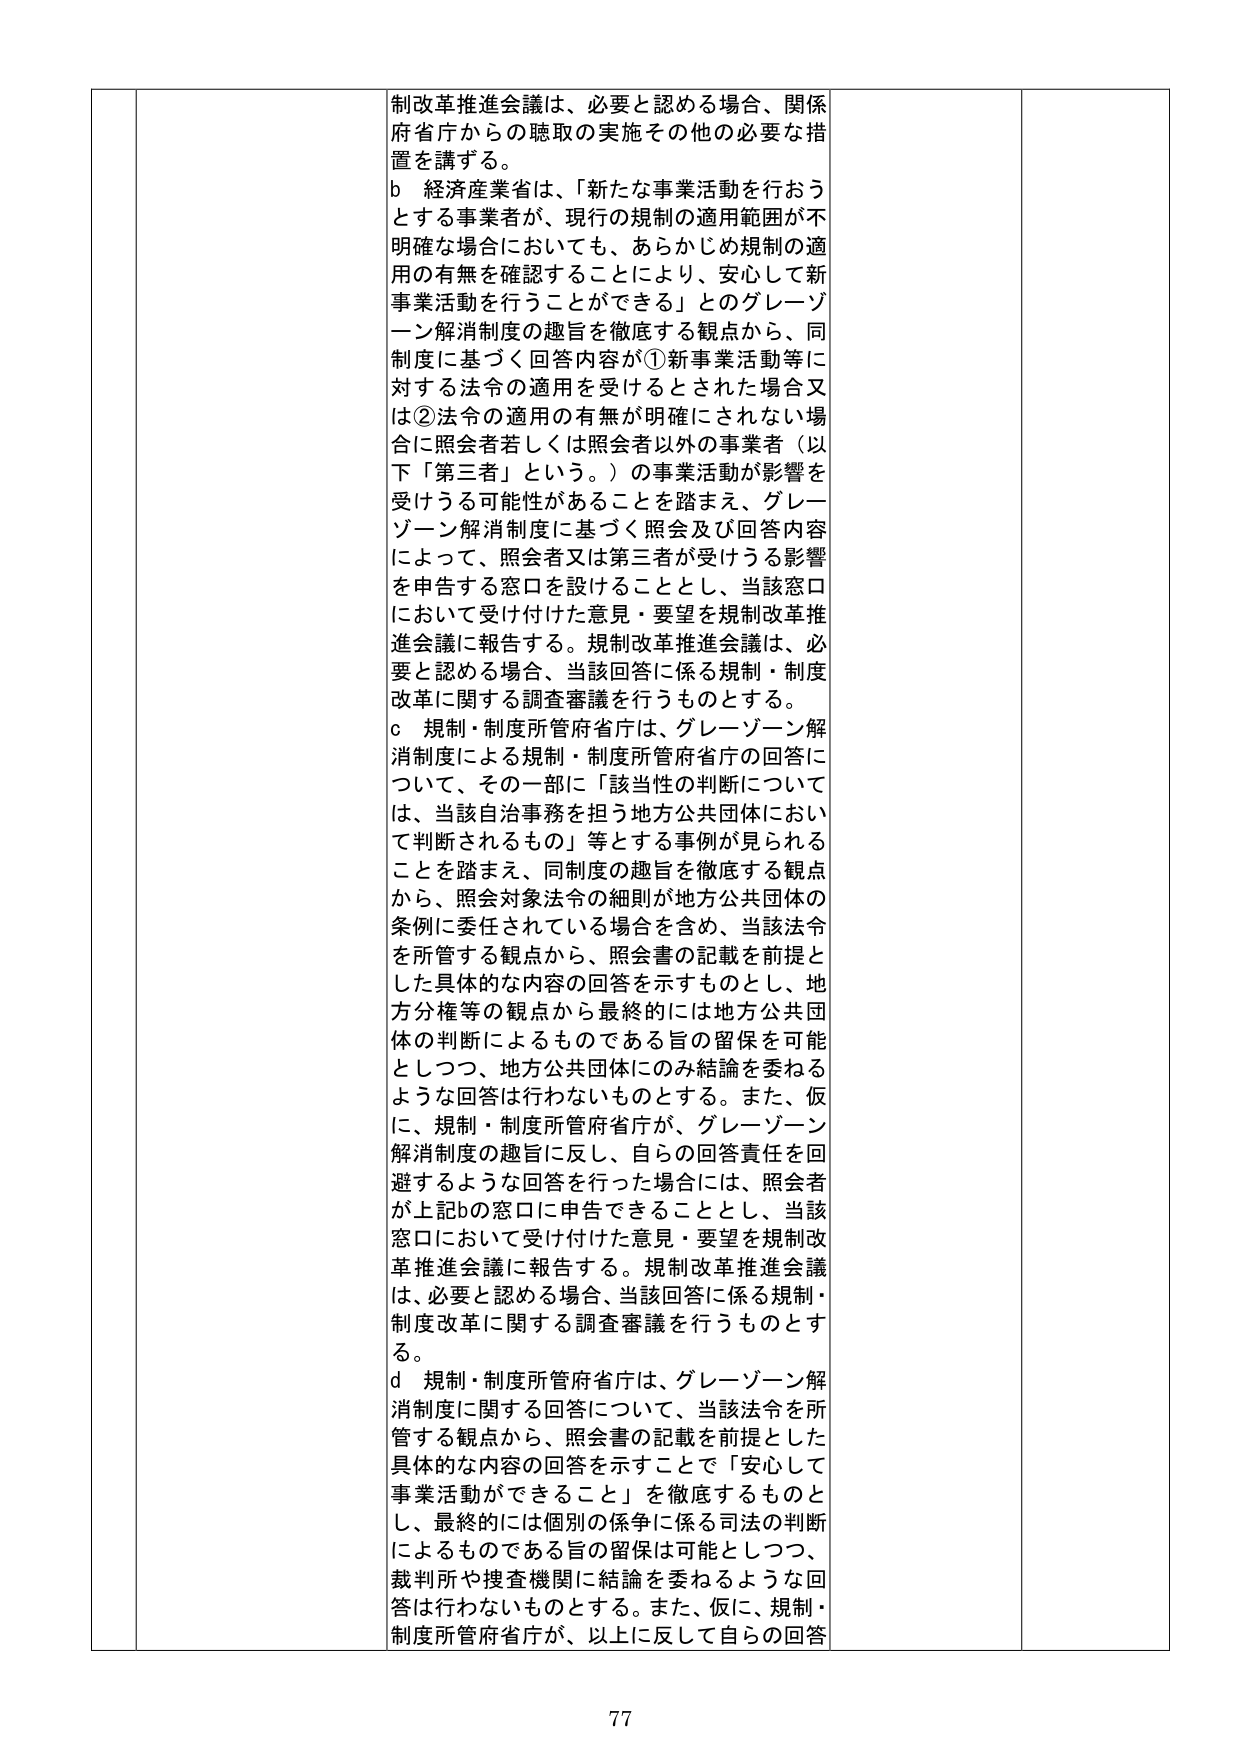
制改革推進会議は、必要と認める場合、関係府省庁からの聴取の実施その他の必要な措置を講ずる。

b 経済産業省は、「新たな事業活動を行おうとする事業者が、現行の規制の適用範囲が不明確な場合においても、あらかじめ規制の適用の有無を確認することにより、安心して新事業活動を行うことができる」とのグレーゾーン解消制度の趣旨を徹底する観点から、同制度に基づく回答内容が①新事業活動等に対する法令の適用を受けるとされた場合又は②法令の適用の有無が明確にされない場合に照会者若しくは照会者以外の事業者（以下「第三者」という。）の事業活動が影響を受ける可能性があることを踏まえ、グレーゾーン解消制度に基づく照会及び回答内容によって、照会者又は第三者が受ける影響を申告する窓口を設けることとし、当該窓口において受け付けた意見・要望を規制改革推進会議に報告する。規制改革推進会議は、必要と認める場合、当該回答に係る規制・制度改革に関する調査審議を行うものとする。

c 規制・制度所管府省庁は、グレーゾーン解消制度による規制・制度所管府省庁の回答について、その一部に「該当性の判断については、当該自治事務を担う地方公共団体において判断されるもの」等とする事例が見られることを踏まえ、同制度の趣旨を徹底する観点から、照会対象法令の細則が地方公共団体の条例に委任されている場合を含め、当該法令を所管する観点から、照会書の記載を前提とした具体的な内容の回答を示すものとし、地方分権等の観点から最終的には地方公共団体の判断によるものである旨の留保を可能としつつ、地方公共団体にのみ結論を委ねるような回答は行わないものとする。また、仮に、規制・制度所管府省庁が、グレーゾーン解消制度の趣旨に反し、自らの回答責任を回避するような回答を行った場合には、照会者が上記bの窓口に申告できることとし、当該窓口において受け付けた意見・要望を規制改革推進会議に報告する。規制改革推進会議は、必要と認める場合、当該回答に係る規制・制度改革に関する調査審議を行うものとする。

d 規制・制度所管府省庁は、グレーゾーン解消制度に関する回答について、当該法令を所管する観点から、照会書の記載を前提とした具体的な内容の回答を示すことで「安心して事業活動ができること」を徹底するものとし、最終的には個別の係争に係る司法の判断によるものである旨の留保は可能としつつ、裁判所や捜査機関に結論を委ねるような回答は行わないものとする。また、仮に、規制・制度所管府省庁が、以上に反して自らの回答

77